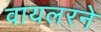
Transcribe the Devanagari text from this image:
वायलरने